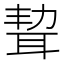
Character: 𦕥